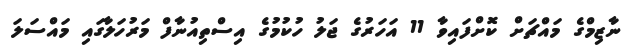
ނާޒިމްގެ މައްޗަށް ކޮށްފައިވާ 11 އަހަރުގެ ޖަލު ހުކުމުގެ އިސްތިއުނާފް މަރުހަލާގައި މައްސަލަ